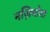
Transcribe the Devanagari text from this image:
नज़िमोवा